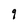
Character: q